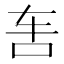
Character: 𰹲